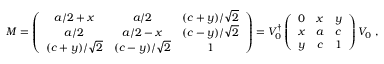
M = \left( \begin{array} { c c c } { { a / 2 + x } } & { { a / 2 } } & { { ( c + y ) / \sqrt { 2 } } } \\ { { a / 2 } } & { { a / 2 - x } } & { { ( c - y ) / \sqrt { 2 } } } \\ { { ( c + y ) / \sqrt { 2 } } } & { { ( c - y ) / \sqrt { 2 } } } & { { 1 } } \end{array} \right) = V _ { 0 } ^ { \dag } \left( \begin{array} { c c c } { { 0 } } & { { x } } & { { y } } \\ { { x } } & { { a } } & { { c } } \\ { { y } } & { { c } } & { { 1 } } \end{array} \right) V _ { 0 } \ ,